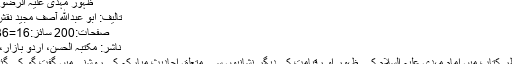
ظہور مہدی علیہ الرضوان تک
تالیف: ابو عبدالله آصف مجید نقش بندی
صفحات:200 سائز:23x36=16
ناشر: مکتبہ الحسن، اردو بازار، لاہور
زیر نظر کتاب میں امام مہدی علیہ السلام کے ظہور او رقیامت کی دیگر نشانیوں سے متعلق احادیث مبارکہ کی روشنی میں گفت گو کی گئی ہے۔